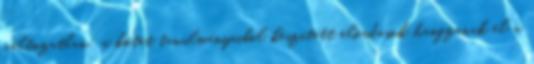
változatlan: a kötet tanulmányaiból készített előadások hangzanak el a